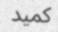
كميد